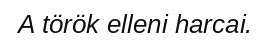
A török elleni harcai.